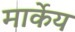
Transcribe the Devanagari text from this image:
मार्केय